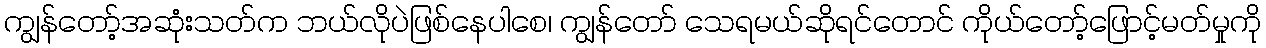
ကျွန်တော့်အဆုံးသတ်က ဘယ်လိုပဲဖြစ်နေပါစေ၊ ကျွန်တော် သေရမယ်ဆိုရင်တောင် ကိုယ်တော့်ဖြောင့်မတ်မှုကို